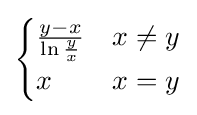
{\begin{cases}{\frac {y-x}{\ln {\frac {y}{x}}}}&x\neq y\\x&x=y\end{cases}}